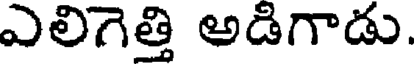
ఎలిగెత్తి అడిగాడు.